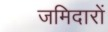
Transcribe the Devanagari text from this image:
जमिदारों